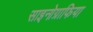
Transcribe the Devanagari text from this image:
साइनोग्राफिया